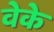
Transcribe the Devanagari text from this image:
वेके